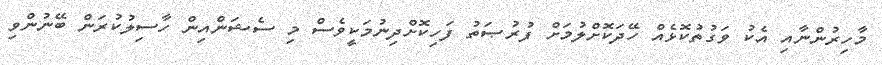
މާހިރުންނާއި އެކު ވަގުތުކޮޅެއް ހޭދަކޮށްލުމަށް ފުރުޞަތު ފަހިކޮށްދިނުމަކީވެސް މި ސެޝަންއިން ހާސިލުކުރަން ބޭނުންވި